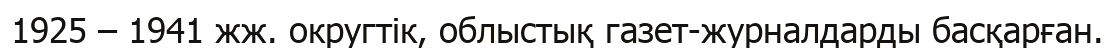
1925 – 1941 жж. округтік, облыстық газет-журналдарды басқарған.